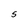
Character: S